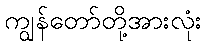
ကျွန်တော်တို့အားလုံး